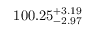
1 0 0 . 2 5 _ { - 2 . 9 7 } ^ { + 3 . 1 9 }